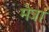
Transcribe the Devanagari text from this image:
मेत्रा